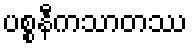
ပစ္စနီကသာတဿ